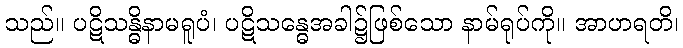
သည်။ ပဋိသန္ဓိနာမရူပံ၊ ပဋိသန္ဓေအခါ၌ဖြစ်သော နာမ်ရုပ်ကို။ အာဟရတိ၊